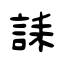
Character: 誄